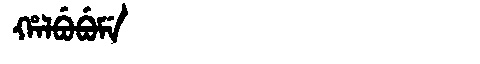
Manchu: ᡥᠠᠯᠪᡠᠪᡠᠮᡝ
Romanization: HALBUBUME